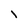
Character: I